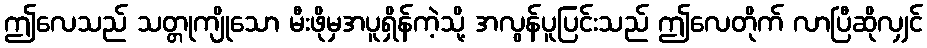
ဤလေသည် သတ္တုကျိုသော မီးဖိုမှအပူရှိန်ကဲ့သို့ အလွန်ပူပြင်းသည် ဤလေတိုက် လာပြီဆိုလျှင်